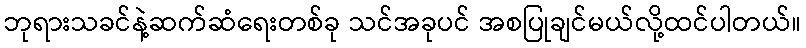
ဘုရားသခင်နဲ့ဆက်ဆံရေးတစ်ခု သင်အခုပင် အစပြုချင်မယ်လို့ထင်ပါတယ်။